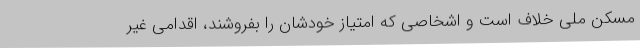
مسکن ملی خلاف است و اشخاصی که امتیاز خودشان را بفروشند، اقدامی غیر